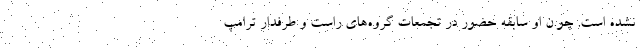
نشده است. چو.ن او سابقه حضور در تجمعات گروه‌های راست و طرفدار ترامپ